Madras plague regulations and rules for district municipalities and other towns and villages
Disease focus: Plague
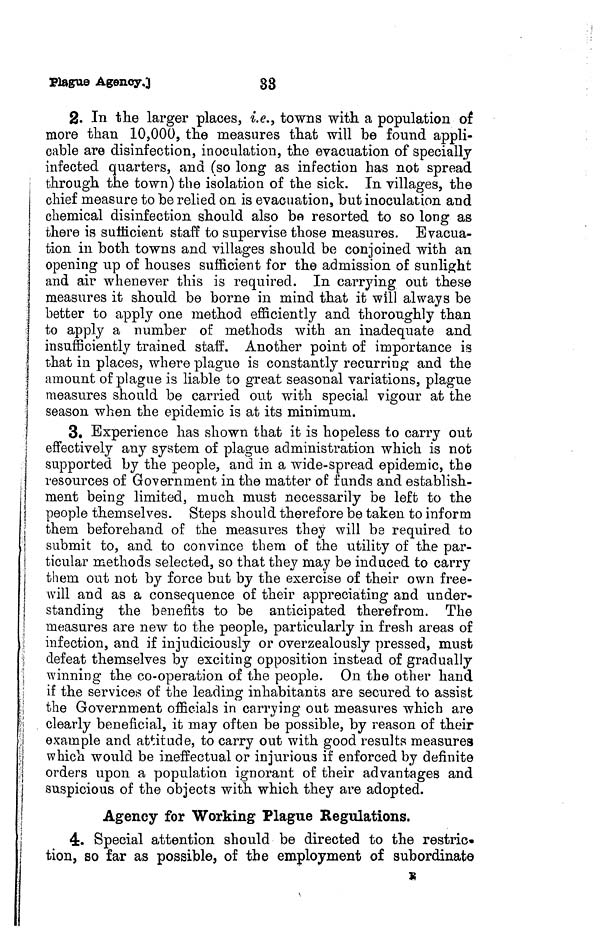
Plague
Agency.]
33
2. In the larger places, i.e., towns with a population of
more than 10,000, the measures that will be found appli-
cable are disinfection, inoculation, the evacuation of specially
infected quarters, and (so long as infection has not spread
through the town) the isolation of the sick. In villages, the
chief measure to be relied on is evacuation, but inoculation and
chemical disinfection should also be resorted to so long as
there is sufficient staff to supervise those measures. Evacua-
tion in both towns and villages should be conjoined with an
opening up of houses sufficient for the admission of sunlight
and air whenever this is required. In carrying out these
measures it should be borne in mind that it will always be
better to apply one method efficiently and thoroughly than
to apply a number of methods with an inadequate and
insufficiently trained staff. Another point of importance is
that in places, where plague is constantly recurring and the
amount of plague is liable to great seasonal variations, plague
measures should be carried out with special vigour at the
season when the epidemic is at its minimum.
3. Experience has shown that it is hopeless to carry out
effectively any system of plague administration which is not
supported by the people, and in a wide-spread epidemic, the
resources of Government in the matter of funds and establish-
ment being limited, much must necessarily be left to the
people themselves. Steps should therefore be taken to inform
them beforehand of the measures they will be required to
submit to, and to convince them of the utility of the par-
ticular methods selected, so that they may be induced to carry
them, out not by force but by the exercise of their own free-
will and as a consequence of their appreciating and under-
standing the benefits to be anticipated therefrom. The
measures are new to the people, particularly in fresh areas of
infection, and if injudiciously or overzealously pressed, must
defeat themselves by exciting opposition instead of gradually
winning the co-operation of the people. On the other hand
if the services of the leading inhabitants are secured to assist
the Government officials in carrying out measures which are
clearly beneficial, it may often be possible, by reason of their
example and attitude, to carry out with good results measures
which would be ineffectual or injurious if enforced by definite
orders upon a population ignorant of their advantages and
suspicious of the objects with which they are adopted.
Agency for Working Plague Regulations.
4. Special attention should be directed to the restric-
tion, so far as possible, of the employment of subordinate
*